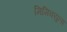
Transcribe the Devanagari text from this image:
मिमिक्युला